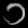
Digit: ၁